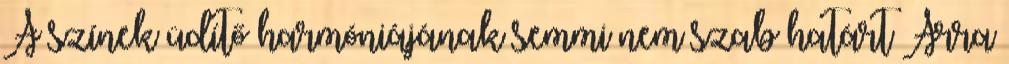
A színek üdítő harmóniájának semmi nem szab határt Arra